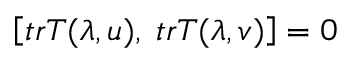
\left[ t r T ( \lambda , u ) , \; t r T ( \lambda , v ) \right] = 0